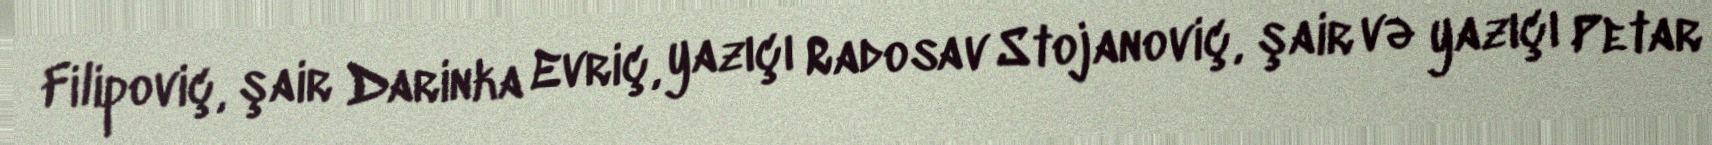
Filipoviç, şair Darinka Evriç, yazıçı Radosav Stojanoviç, şair və yazıçı Petar